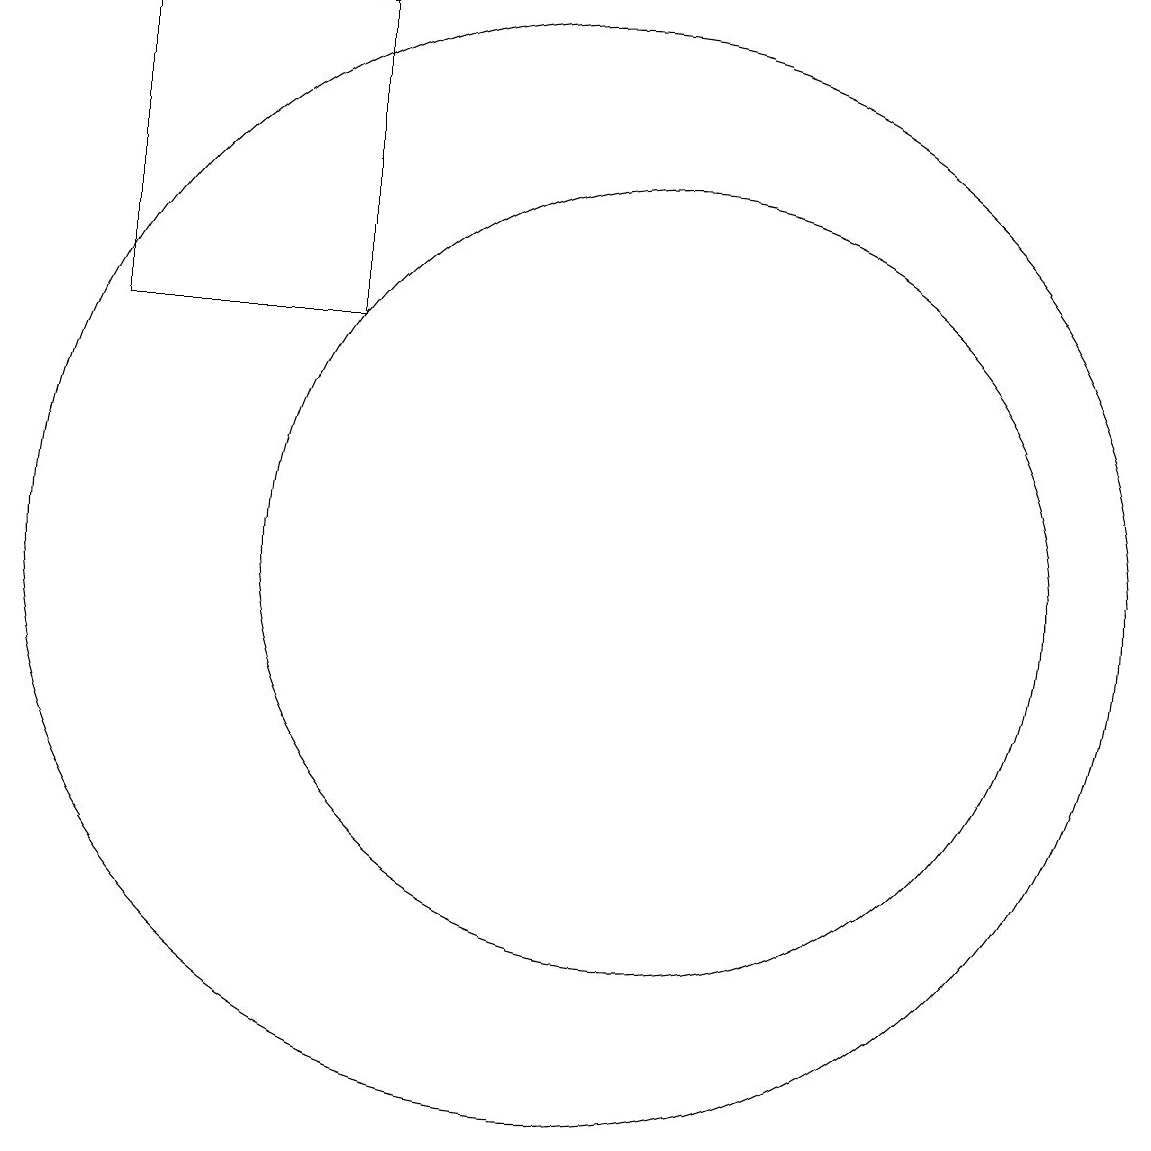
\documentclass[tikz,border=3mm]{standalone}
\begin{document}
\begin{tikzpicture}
\draw (7,18) rectangle (4,14);
\draw (11,11) circle (5);
\draw (10,11) circle (7);
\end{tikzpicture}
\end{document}